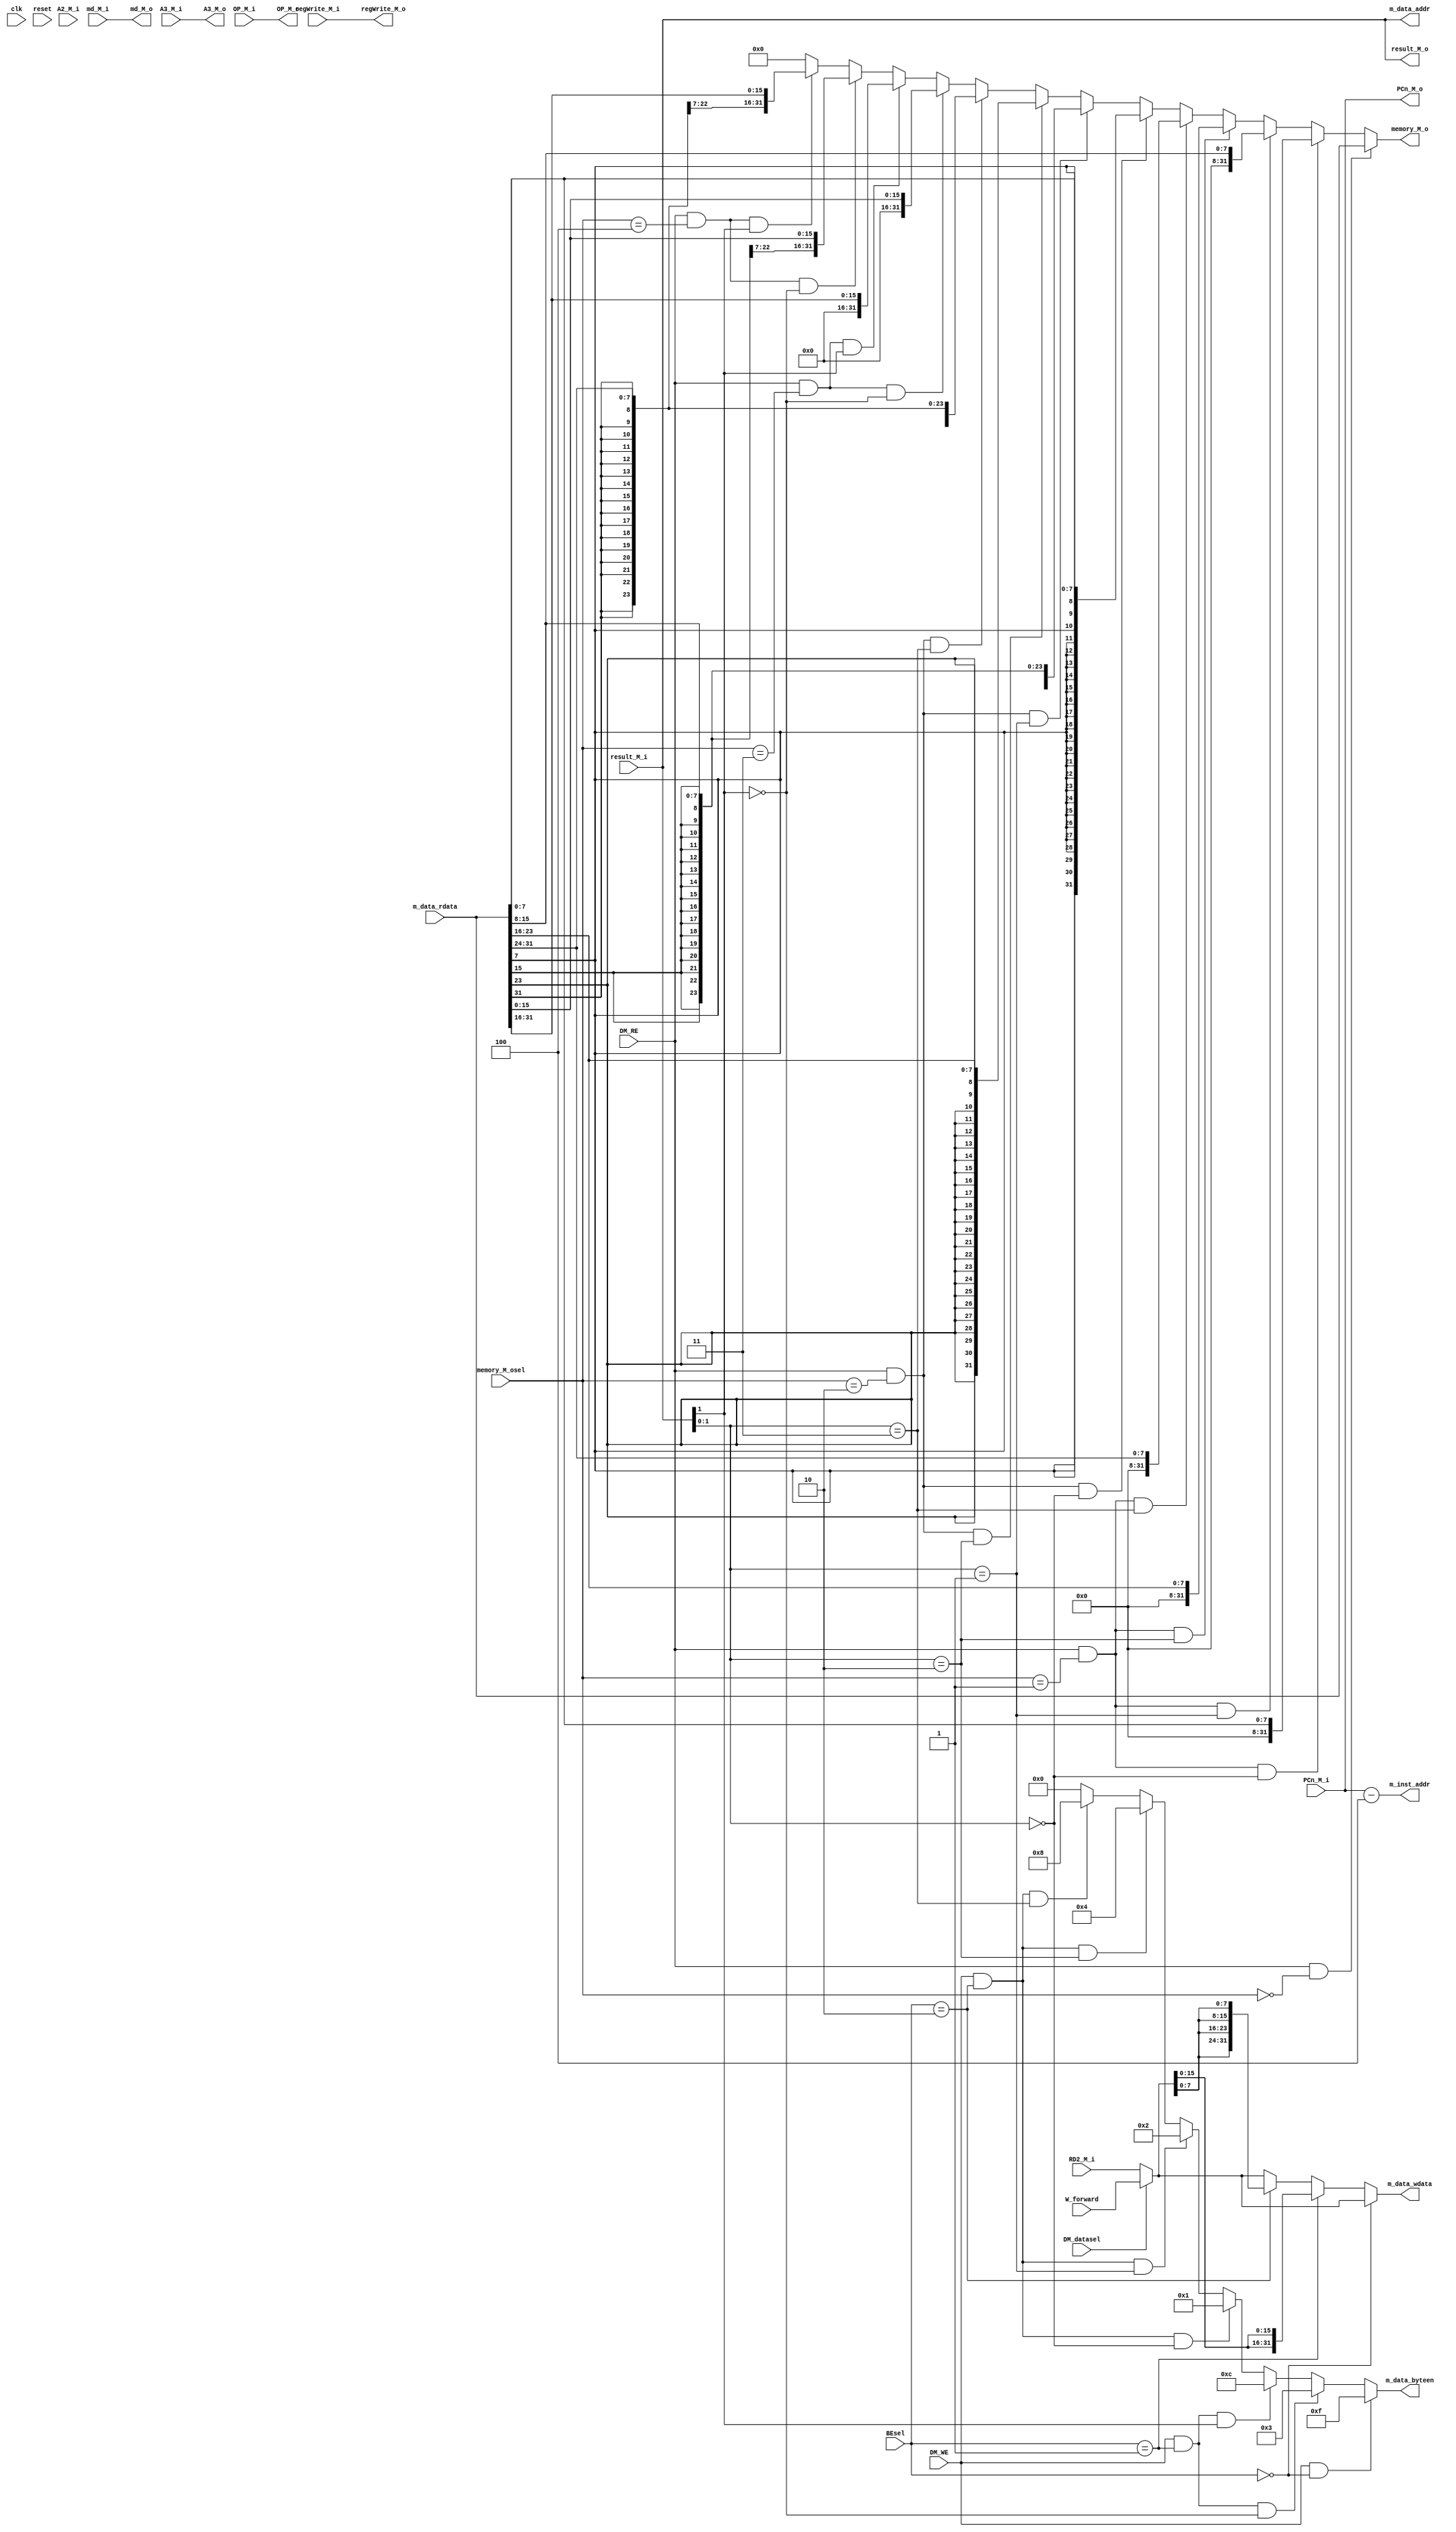
`timescale 1ns / 1ps
//////////////////////////////////////////////////////////////////////////////////
// Company: 
// Engineer: 
// 
// Design Name: 
// Module Name:    Memory 
// Project Name: 
// Target Devices: 
// Tool versions: 
// Description: 
//
// Dependencies: 
//
// Revision: 
// Revision 0.01 - File Created
// Additional Comments: 
//
//////////////////////////////////////////////////////////////////////////////////
module Memory(
    input clk,
	 input reset,
//pipline
    input [31:0] md_M_i,
    input [31:0] result_M_i,
	 input [4:0] A2_M_i,
	 input [31:0] RD2_M_i,
	 input [31:0] PCn_M_i,
	 input regWrite_M_i,
	 input [4:0] A3_M_i,
	 input [31:0] OP_M_i,
//Controller
    input DM_WE,
	 input DM_RE,
	 input [1:0] BEsel,
	 input [2:0] memory_M_osel,
//forward
    input [31:0] W_forward,
	 input DM_datasel,
	 //from mips
	 input [31:0] m_data_rdata,
//output
    output [31:0] md_M_o,
    output [31:0] memory_M_o,
    output [31:0] result_M_o,
	 output [31:0] PCn_M_o,
	 output regWrite_M_o,
	 output [4:0] A3_M_o,
	 output [31:0] OP_M_o,
	 //give mips
	 output [31:0] m_inst_addr, 
	 output [31:0] m_data_addr,
	 output [31:0] m_data_wdata,
	 output [3:0] m_data_byteen
    );
wire [31:0] PC;
assign PC=PCn_M_i-4;
//data select
wire [31:0] databe,data;
assign databe=(DM_datasel==1)? W_forward:RD2_M_i;
//address
wire [31:0] addr;
assign addr=result_M_i;
//give mips
assign m_inst_addr=PC;
assign m_data_addr=addr;
assign m_data_wdata=data;

//BE
assign m_data_byteen=(DM_WE && BEsel==2'b00)?4'b1111:
                     (DM_WE && BEsel==2'b01 && addr[1]==0)?4'b0011:
							(DM_WE && BEsel==2'b01 && addr[1]==1)?4'b1100:
							(DM_WE && BEsel==2'b10 && addr[1:0]==2'b00)?4'b0001:
							(DM_WE && BEsel==2'b10 && addr[1:0]==2'b01)?4'b0010:
							(DM_WE && BEsel==2'b10 && addr[1:0]==2'b10)?4'b0100:
							(DM_WE && BEsel==2'b10 && addr[1:0]==2'b11)?4'b1000:4'b0000;
assign data=(BEsel==2'b00)?databe:
            (BEsel==2'b01)?{databe[15:0],databe[15:0]}:
            (BEsel==2'b10)?{databe[7:0],databe[7:0],databe[7:0],databe[7:0]}:databe;			
//calculate memory
assign memory_M_o=(DM_RE && memory_M_osel==3'b000)?m_data_rdata:
                  (DM_RE && memory_M_osel==3'b001 && addr[1:0]==2'b00)?m_data_rdata[7:0]:
						(DM_RE && memory_M_osel==3'b001 && addr[1:0]==2'b01)?m_data_rdata[15:8]:
						(DM_RE && memory_M_osel==3'b001 && addr[1:0]==2'b10)?m_data_rdata[23:16]:
						(DM_RE && memory_M_osel==3'b001 && addr[1:0]==2'b11)?m_data_rdata[31:24]:
						(DM_RE && memory_M_osel==3'b010 && addr[1:0]==2'b00)?{{24{m_data_rdata[7]}},m_data_rdata[7:0]}:
						(DM_RE && memory_M_osel==3'b010 && addr[1:0]==2'b01)?{{24{m_data_rdata[15]}},m_data_rdata[15:8]}:
						(DM_RE && memory_M_osel==3'b010 && addr[1:0]==2'b10)?{{24{m_data_rdata[23]}},m_data_rdata[23:16]}:
						(DM_RE && memory_M_osel==3'b010 && addr[1:0]==2'b11)?{{24{m_data_rdata[31]}},m_data_rdata[31:24]}:
						(DM_RE && memory_M_osel==3'b011 && addr[1]==0)?m_data_rdata[15:0]:
						(DM_RE && memory_M_osel==3'b011 && addr[1]==1)?m_data_rdata[31:16]:
						(DM_RE && memory_M_osel==3'b100 && addr[1]==0)?{{16{m_data_rdata[15]}},m_data_rdata[15:0]}:
						(DM_RE && memory_M_osel==3'b100 && addr[1]==1)?{{16{m_data_rdata[31]}},m_data_rdata[31:16]}:0;
//pipline
assign result_M_o=result_M_i;
assign PCn_M_o=PCn_M_i;
assign regWrite_M_o=regWrite_M_i;
assign A3_M_o=A3_M_i;
assign OP_M_o=OP_M_i;
assign md_M_o=md_M_i;
endmodule